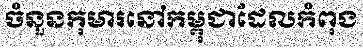
ចំនួនកុមារនៅកម្ពុជាដែលកំពុង